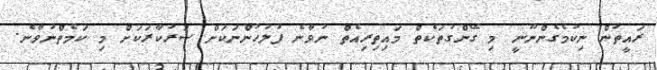
ރައީތުން ނިކުމެގެންނޫނީ މި ގޭންގުތަކެތް މައިތިރިއެތް ނުވާނެ ފުލުހުންނަކަށް ސަރުކާރަކަށް މި ކަމެތްނުވާނެ.